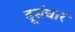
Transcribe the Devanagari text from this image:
दूसंचार